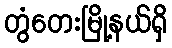
တွံတေးမြို့နယ်ရှိ